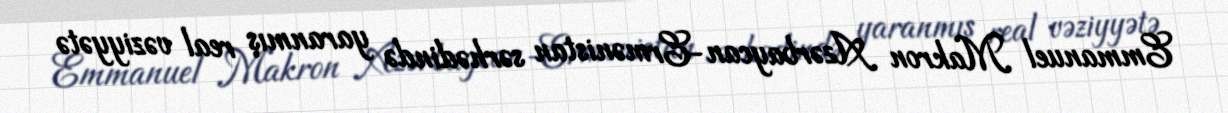
Emmanuel Makron Azərbaycan-Ermənistan sərhədində yaranmış real vəziyyətə